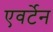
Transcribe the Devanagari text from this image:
एवर्टेन